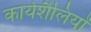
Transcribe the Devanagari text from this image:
कार्यशैलियों